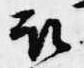
被